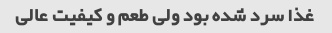
غذا سرد شده بود ولی طعم و کیفیت عالی